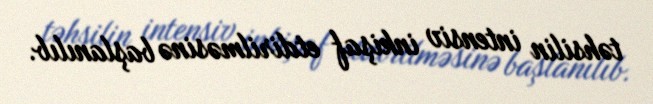
təhsilin intensiv inkişaf etdirilməsinə başlanılıb.